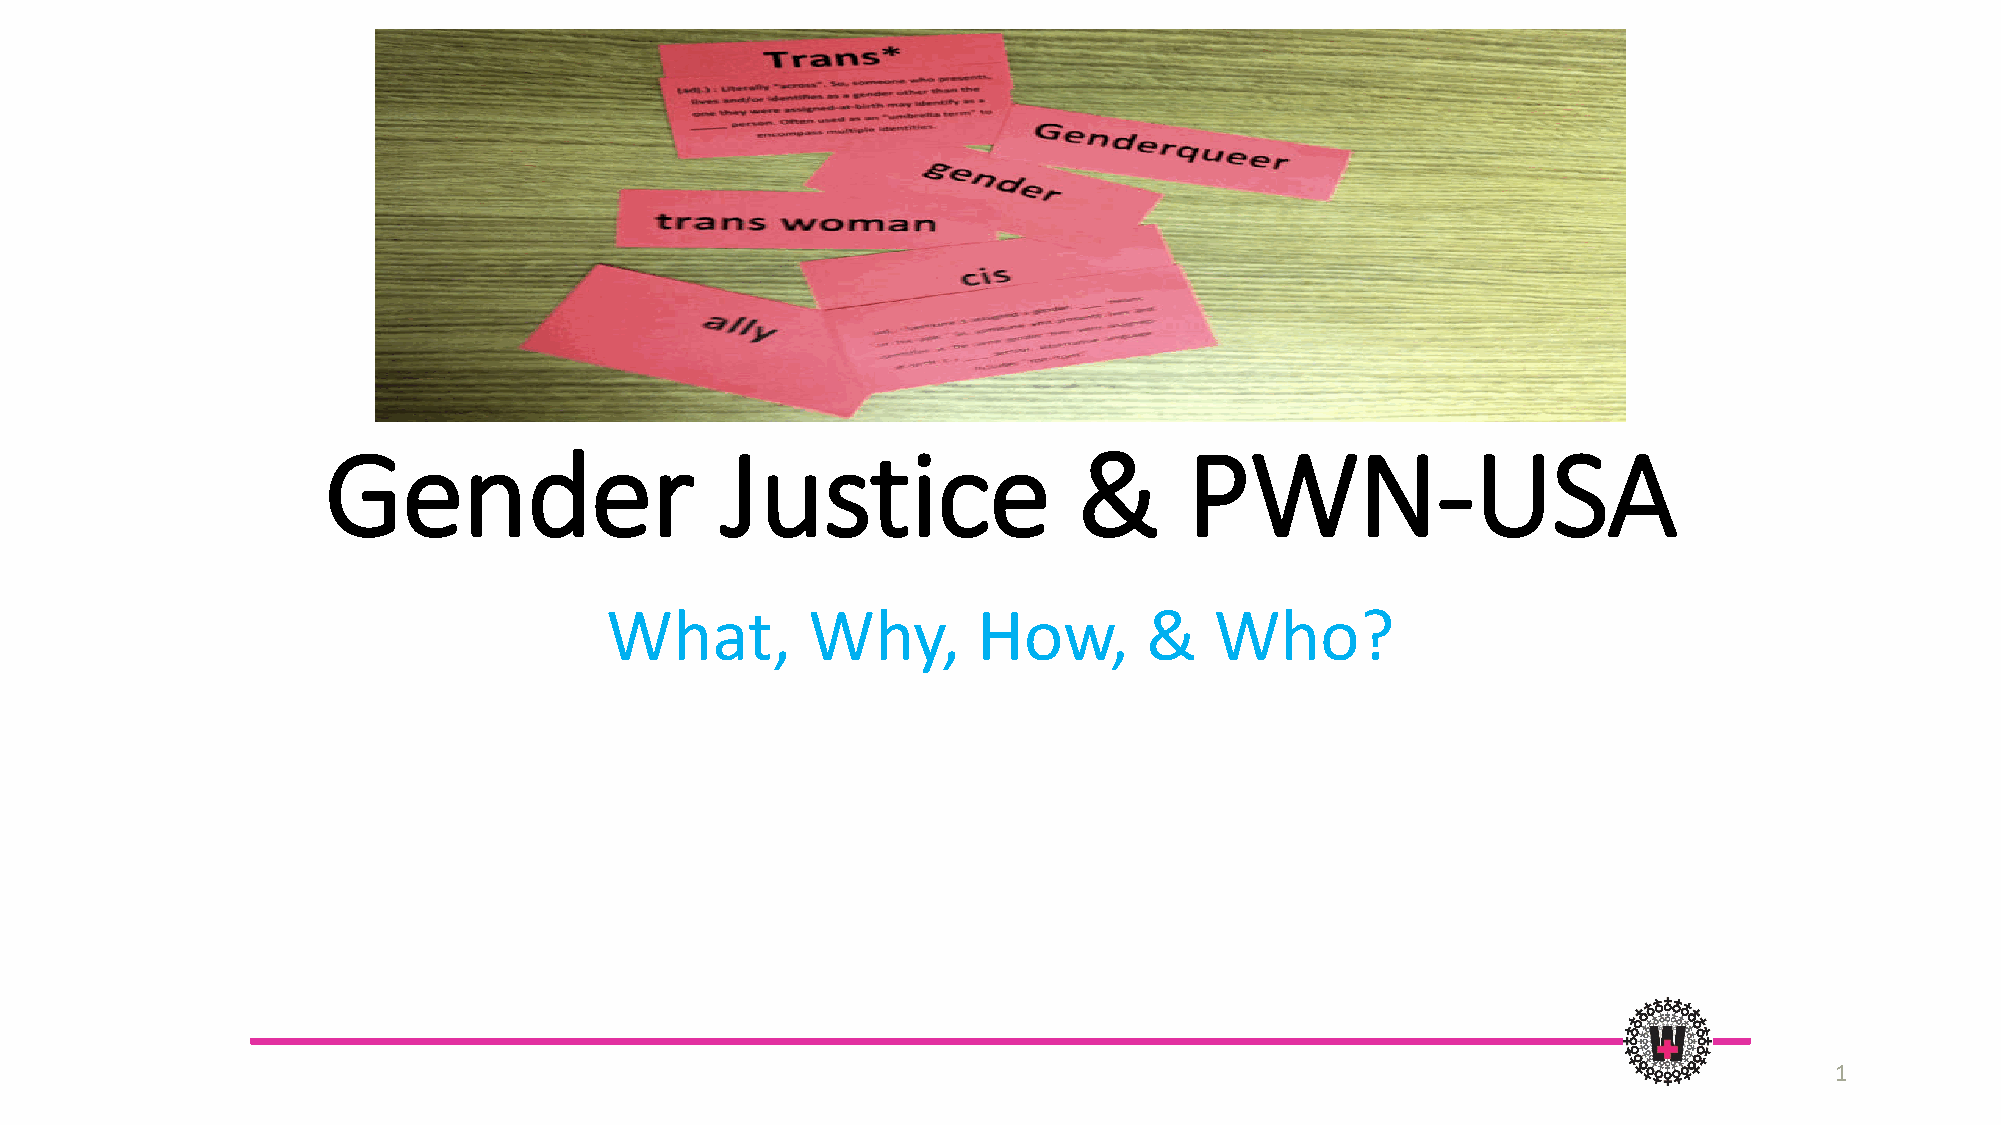
Gender                     Justice                &       PWN-USA
 What,        Why,        How,       &   Who?
 1